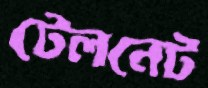
টেলনেট